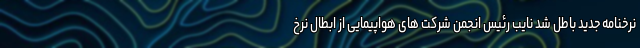
نرخنامه جدید باطل شد نایب رئیس انجمن شرکت های هواپیمایی از ابطال نرخ